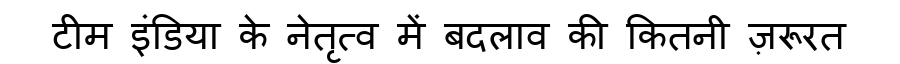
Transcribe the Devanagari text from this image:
टीम इंडिया के नेतृत्व में बदलाव की कितनी ज़रूरत